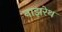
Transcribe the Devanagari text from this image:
नाझरेथ